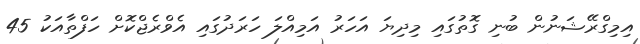
އިމިގްރޭޝަނުން ބުނި ގޮތުގައި މިދިޔަ އަހަރު އަމިއްލަ ހަރަދުގައި އެވްރެޖްކޮށް ހަފްތާއަކު 45